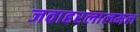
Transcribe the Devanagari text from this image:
जवाहरलालमल